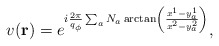
\begin{align*}v({\bf r}) =e^{i{2\pi\over q_\phi}\sum_a N_a\arctan\left(\frac{x^1-y_a^1}{x^2-y_a^2}\right)},\end{align*}